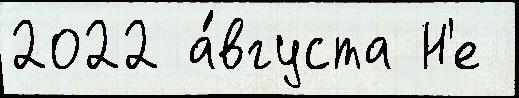
2022 а́вгуста Н'е